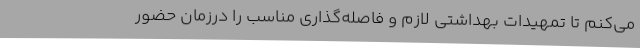
می‌کنم تا تمهیدات بهداشتی لازم و فاصله‌گذاری مناسب را درزمان حضور